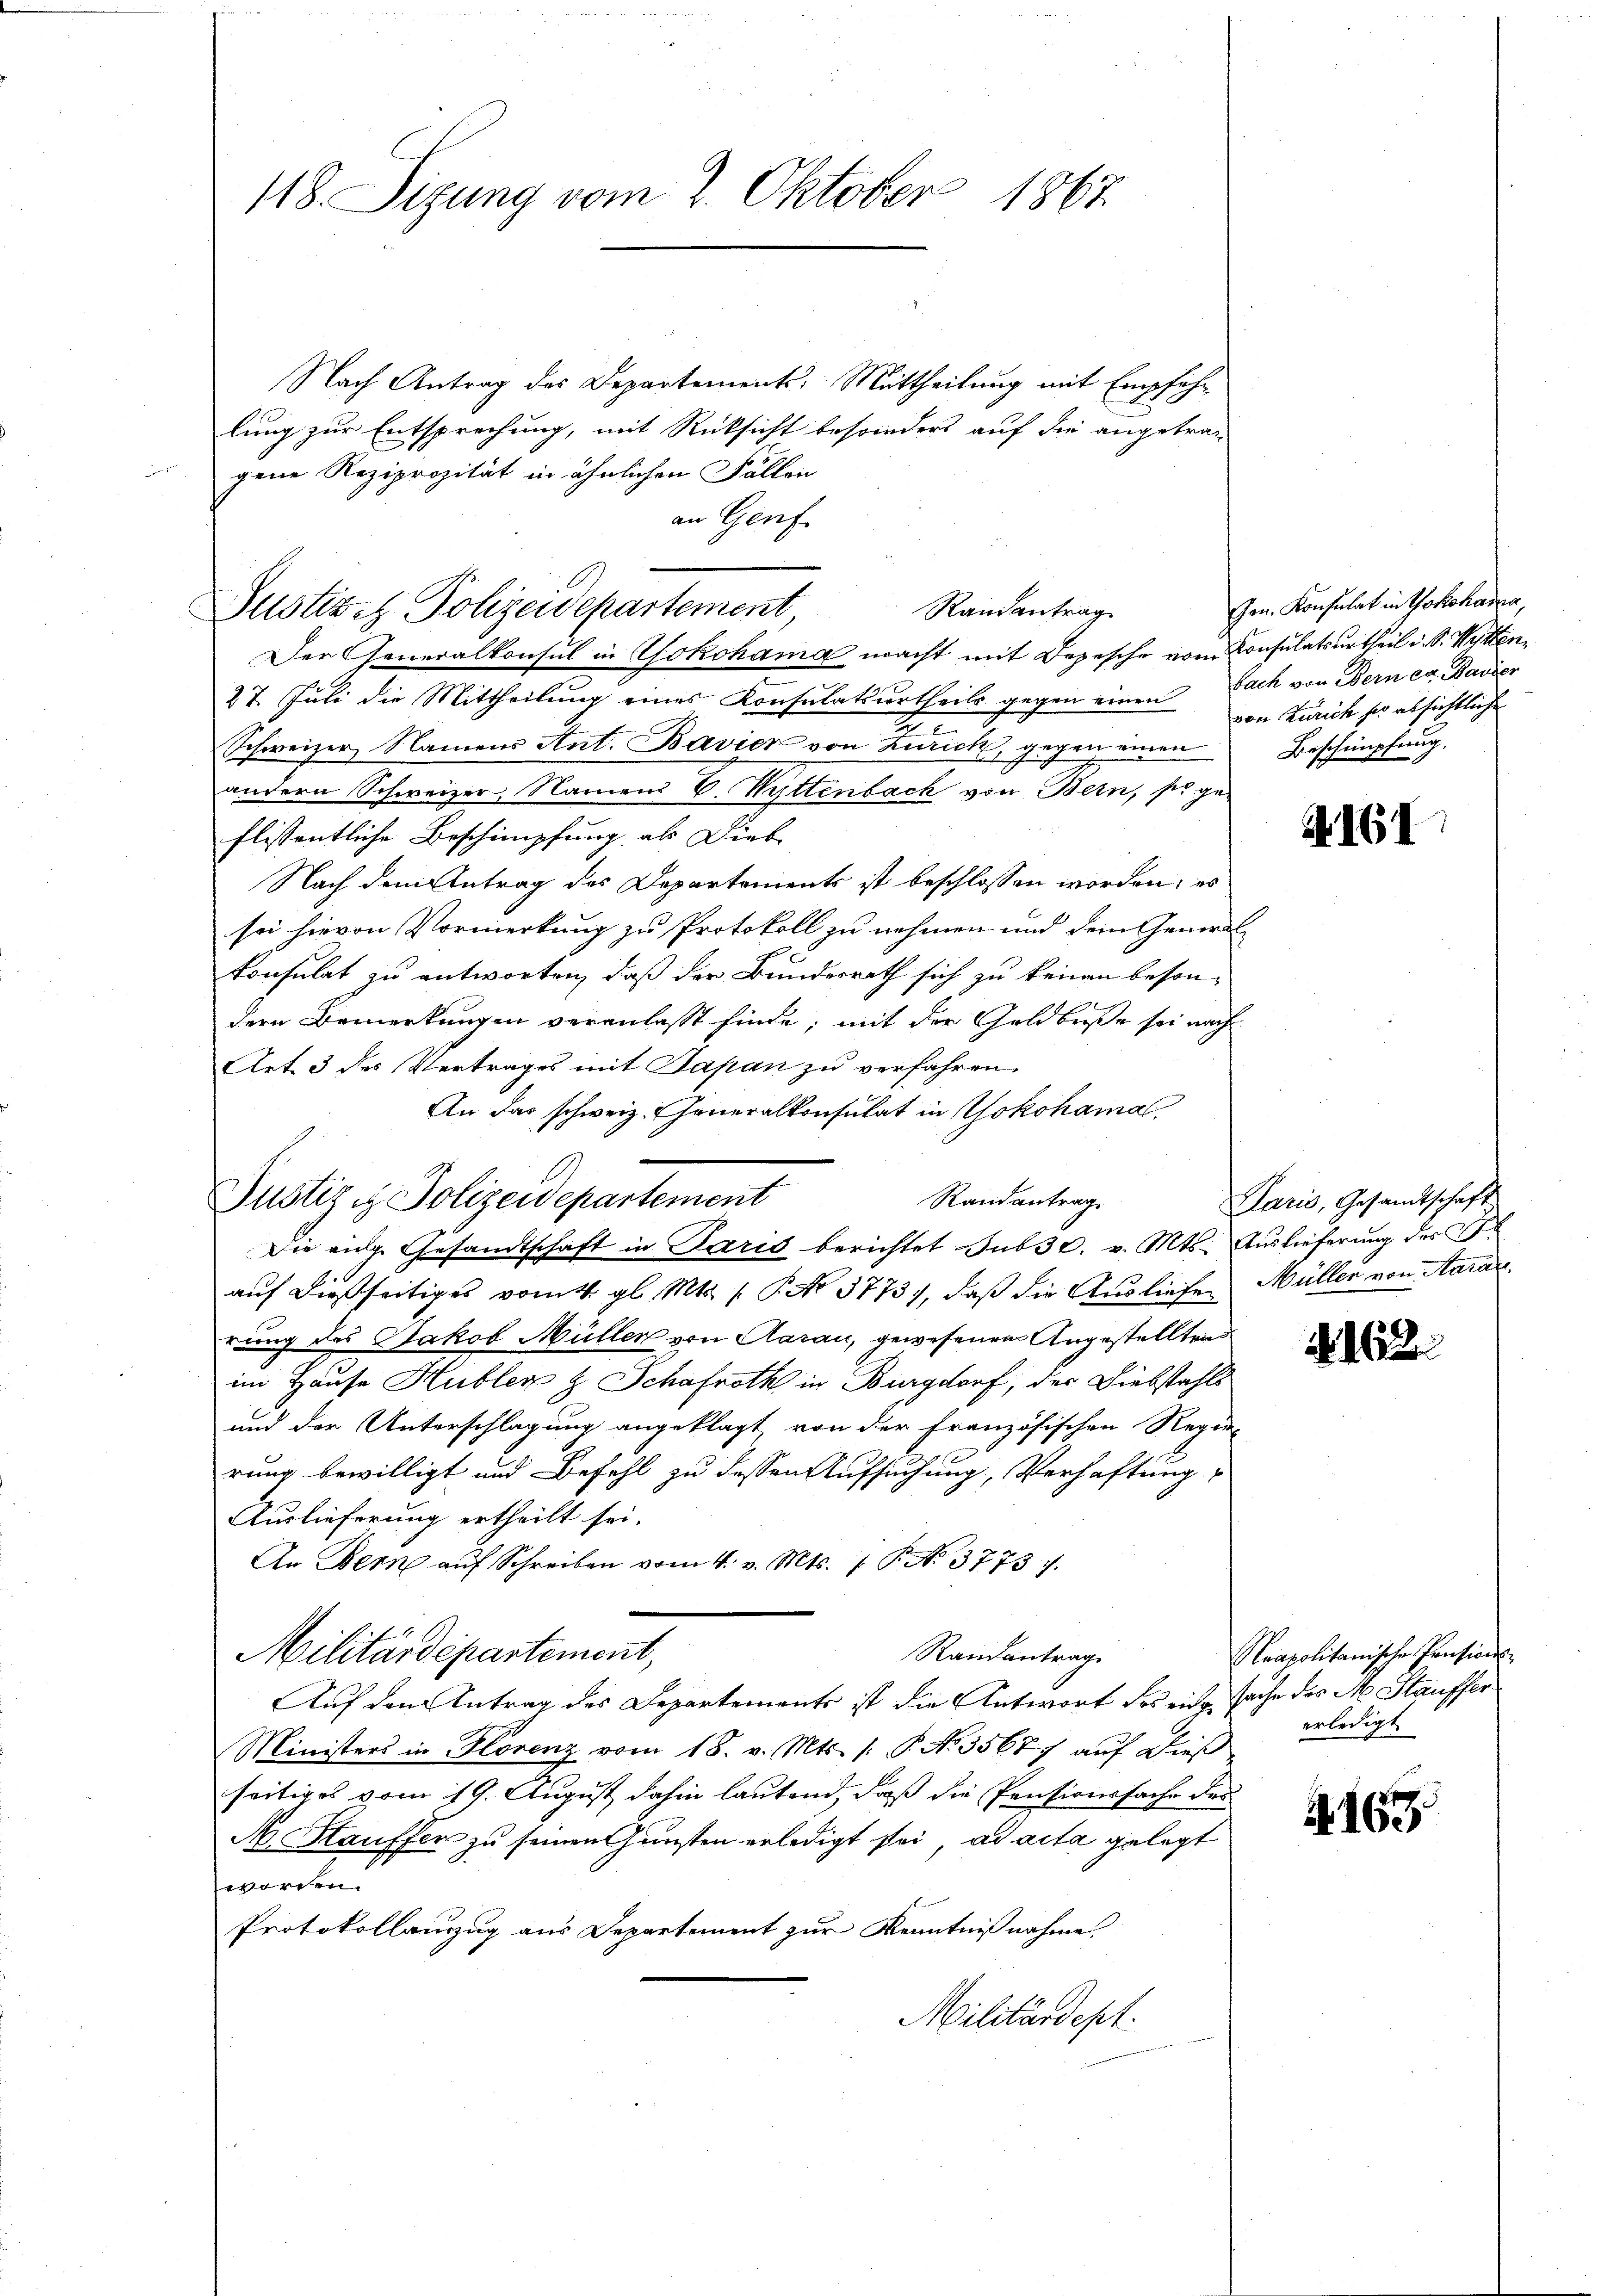
118. Sizung vom 2. Oktober 1867.

Nach Antrag des Departements-Mittheilung mit Empfahr
lung zur Entsprechung, mit Rücksicht besonders auf die angetragene Reziprozität in ähnlichen Fällen
an Genf

Randantrag
Justizet Polizeidepartement
Der Generalkonsul in Yokohama macht mit Depesche vom Consulatsurtheil i. S. Mitten,

Randantrag
Justiz & Polizeidepartement

27. Juli die Mittheilung eines Konsulatsurtheils gegen einen von Zürich sei absichtliche
Schweizer, Namens Ant. Bavier von Zürich, gegen einen Beschimpfung,
andern Schweizer, Namens 6. Wattenbach von Bern, so geflissentliche Beschimpfung als Dieb
Nach dem Antrag des Departements ist beschlossen worden; es
sei hievon Vormerkung zu Protokoll zu nehmen und dem Genera
konsulat zu antworten, daß der Bundesrath sich zu keinen besondern Bemerkungen veranlasst finde, mit der Geldbuße sei nach
Art 3 des Vertrages mit Japan zu verfahren.
An das schweiz. Generalkonsulat in Yokohamal
Die eidg. Gesandtschaft in Paris berichtet sub 30. v. Mts. Auslieferung des
auf dießseitiges vom 4. gl. Mts. 1. P. No 3773), daß die Ausliefe Müller von Aara
rung des Jakob Müller von Aarau, gewesenen Angestellten
im Hause Hubler & Schafroth in Burgdorf, der Diebstahls
und der Unterschlagung angeklagt, von der französischen Regie-
rung bewilligt und Befehl zu dessen Aufsuchung, Verhaftung
Auslieferung ertheilt sei.
An Bern auf Schreiben vom 4. v. Mts. 1. P. N. 3773. 7.
.
Militärdepartement,
Randantrag
Auf den Antrag des Departements ist die Antwort des eichsache des M. Stauffer
Ministers in Florenz vom 18. v. Mts. (: P. No. 35677 auf dieß
seitiges vom 19. August dahin lautend, daß die Pensionssache des
M. Hauffer zu seinen Gunsten erledigt sei, ad acta gelegt
worden.
Protokollauszug aus Departement zur Kenntnißnahme
Militärdept.

Gen. Konsulat in Yokohama,
bach von Bern er Bavier

A161

Paris, Gesandtschaft

1622

Neapolitanische Pensions-
erledigt.

165